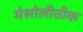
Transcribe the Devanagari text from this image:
मेसोलीठीक